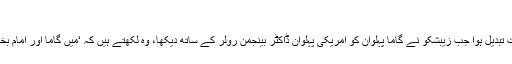
‘
تاہم یہ حقارت آمیز رویہ اس وقت تبدیل ہوا جب زیبشکو نے گاما پہلوان کو امریکی پہلوان ڈاکٹر بینجمن رولر کے ساتھ دیکھا، وہ لکھتے ہیں کہ ‘میں گاما اور امام بخش کو دیکھ کر حیران رہ گیا تھا۔